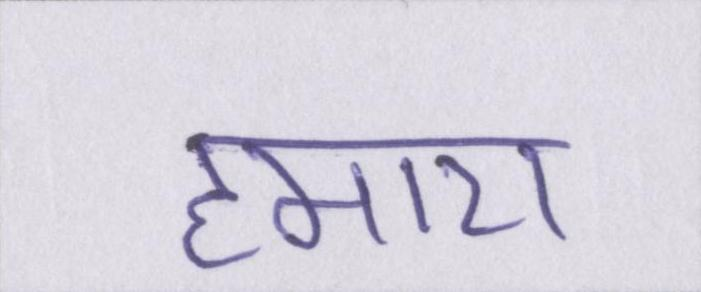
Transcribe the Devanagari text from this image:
हमारा